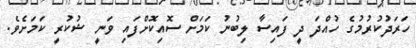
ހަރަދުކުރުމުގެ ހުއްދަ ދީ ފައިސާ ލިބުނު ކަމަށް ސޮއިކޮށްފައި ވަނީ ޝުކުރީ ކަމަށެވެ.